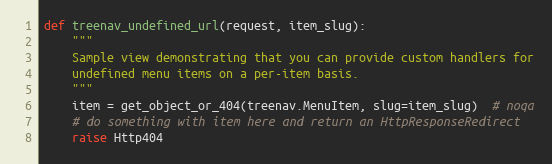
Language: Python
def treenav_undefined_url(request, item_slug):
    """
    Sample view demonstrating that you can provide custom handlers for
    undefined menu items on a per-item basis.
    """
    item = get_object_or_404(treenav.MenuItem, slug=item_slug)  # noqa
    # do something with item here and return an HttpResponseRedirect
    raise Http404